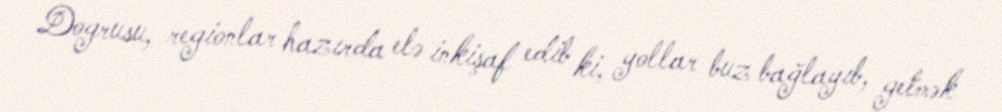
Dogrusu, regionlar hazırda elə inkişaf edib ki, yollar buz bağlayıb, getmək